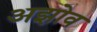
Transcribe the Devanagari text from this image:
अझोव